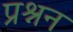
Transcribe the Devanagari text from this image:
प्रश्नन